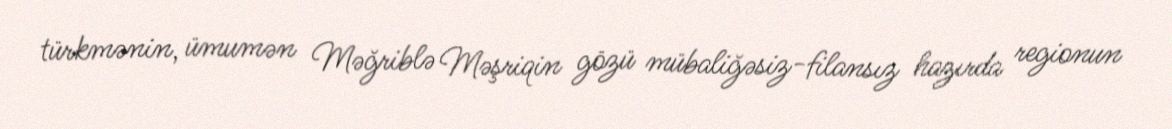
türkmənin, ümumən Məğriblə Məşriqin gözü mübaliğəsiz-filansız hazırda regionun